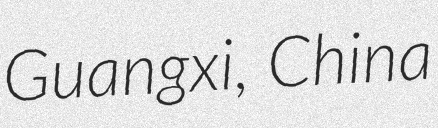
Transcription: Guangxi, China